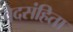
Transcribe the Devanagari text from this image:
वेदसंहिता